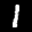
Label: 1